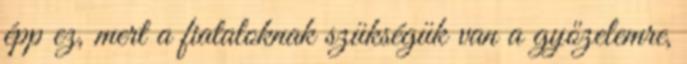
épp ez, mert a fiataloknak szükségük van a győzelemre,